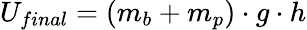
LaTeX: U_{final}=(m_{b}+m_{p})\cdot g\cdot h